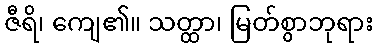
ဇီရိ၊ ကျေ၏။ သတ္ထာ၊ မြတ်စွာဘုရား